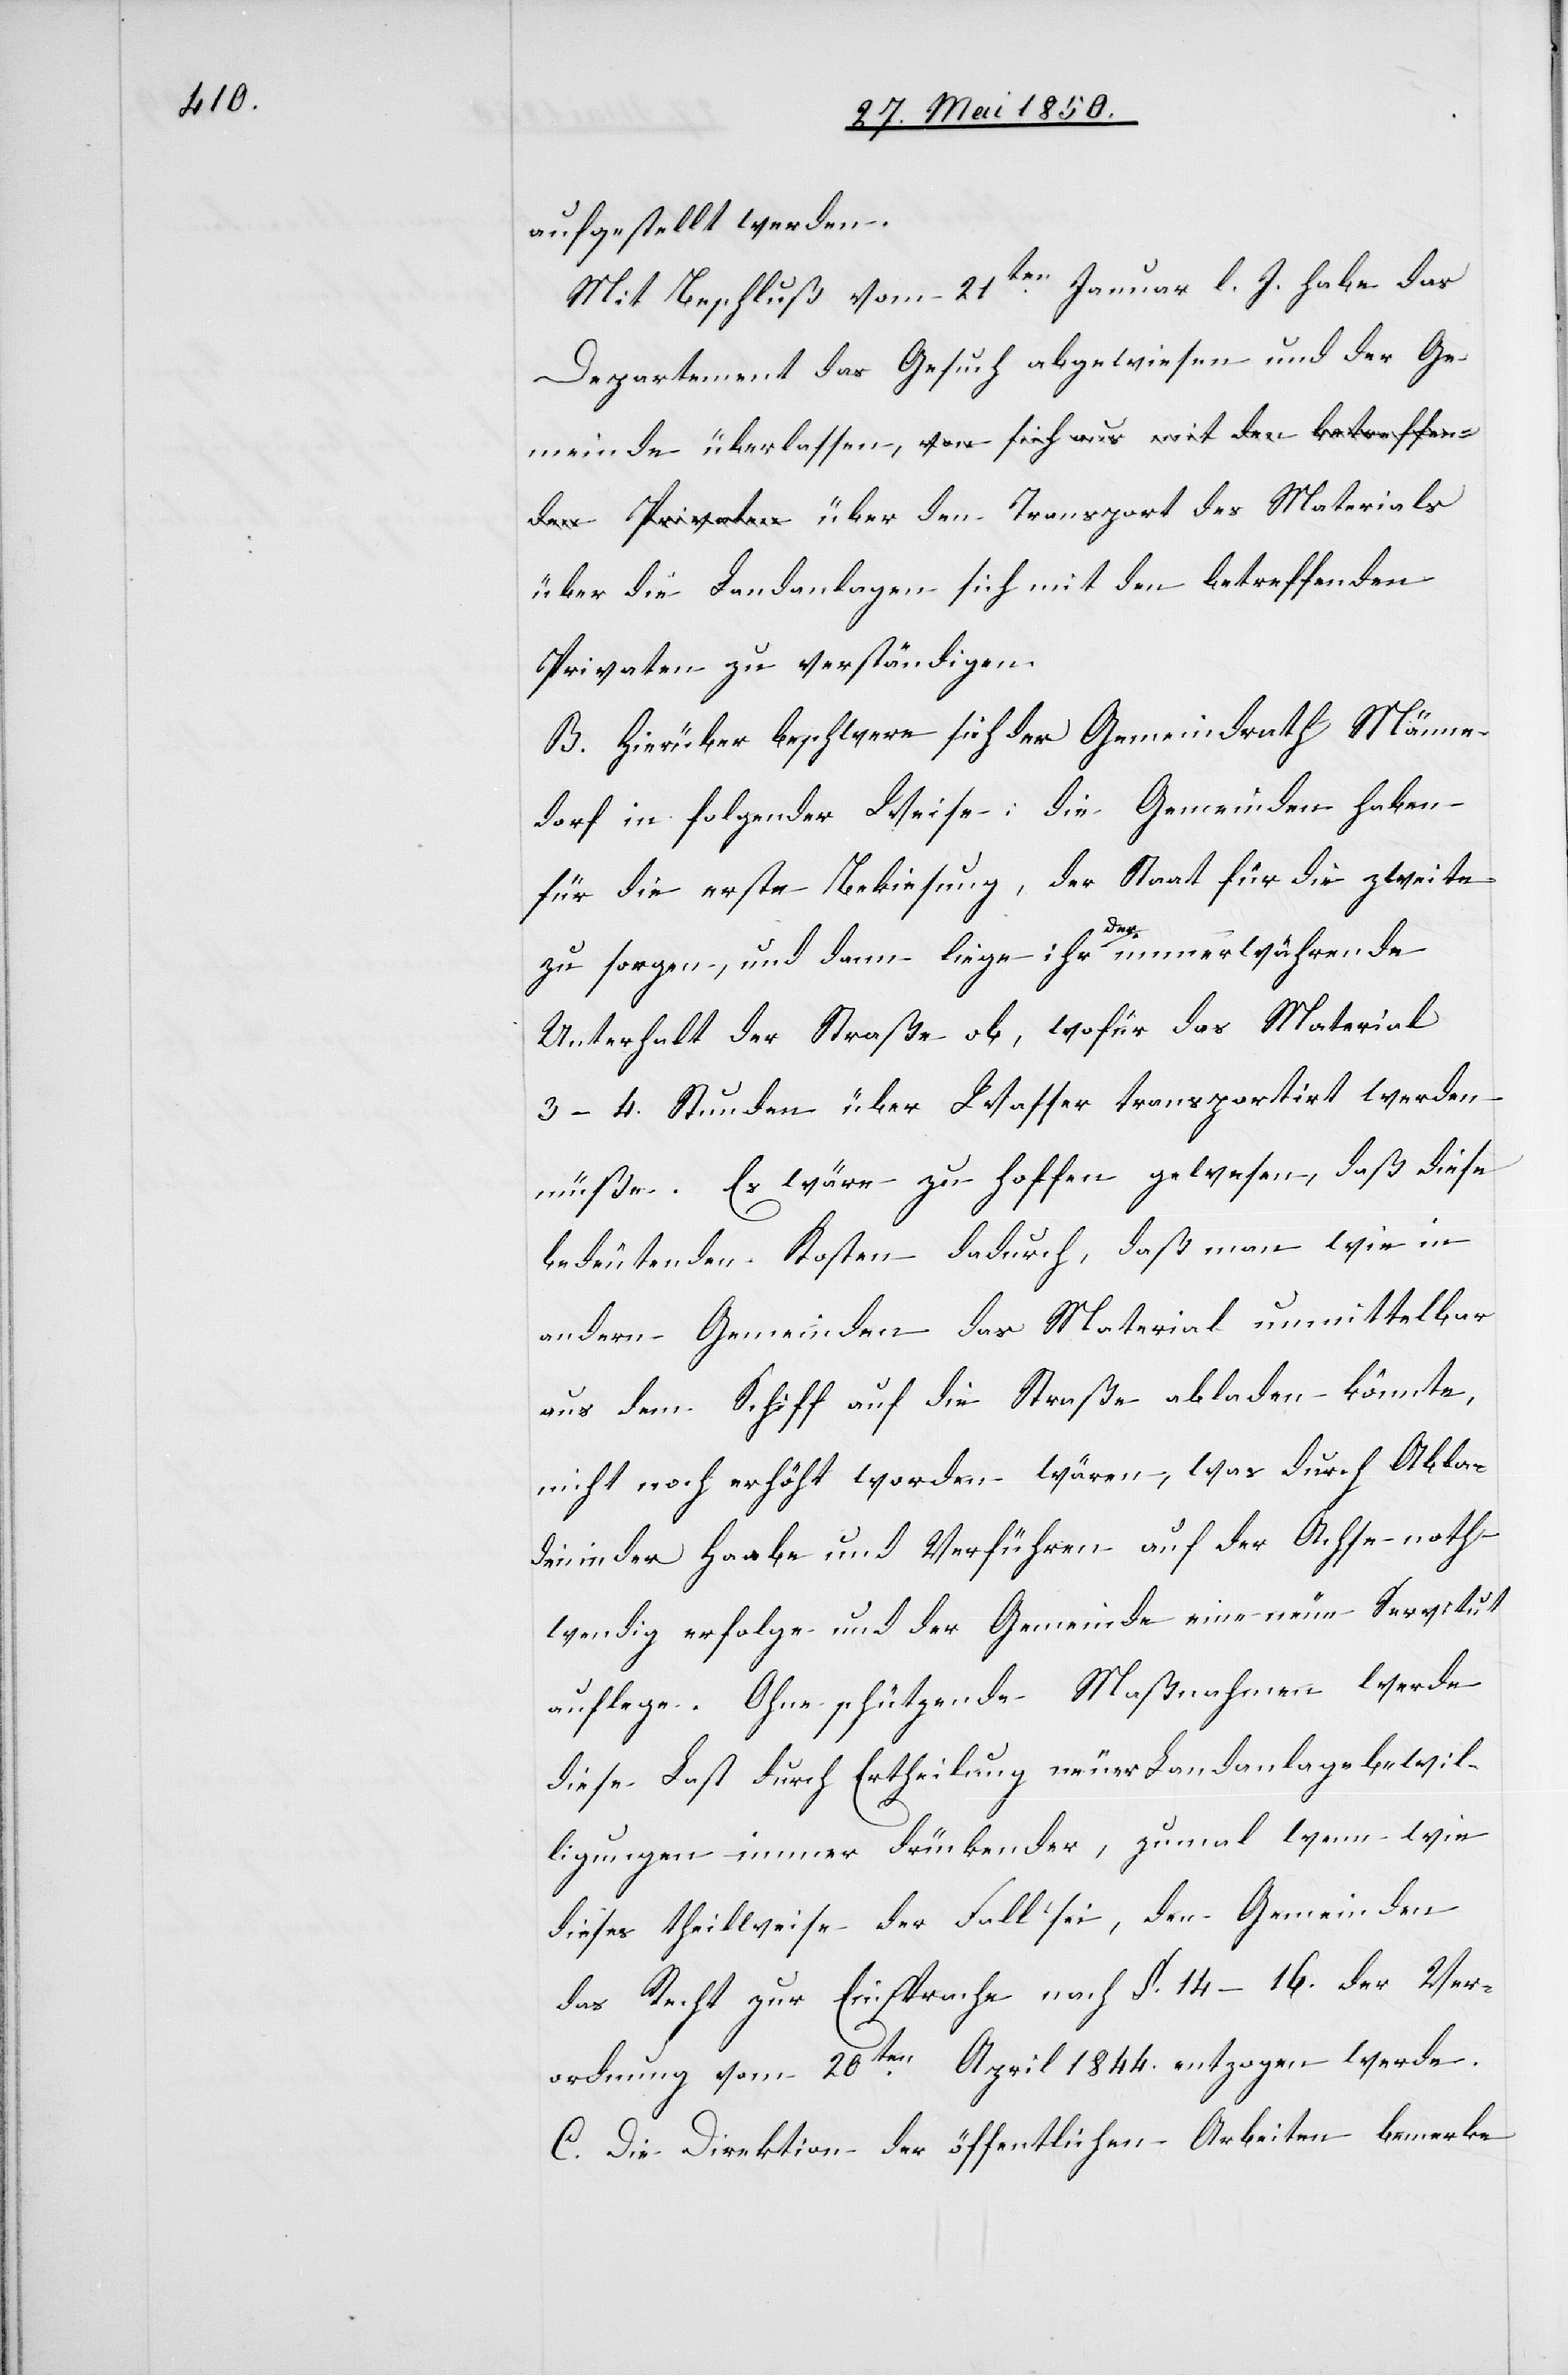
aufgestellt werden.
Mit Beschluß vom 21ten Januar l. J. habe das
Departement das Gesuch abgewiesen und der Ge¬
über die Landanlagen sich mit den betreffenden
Privaten zu verständigen.
B. Hierüber beschwere sich der Gemeindrath Männe¬
dorf in folgender Weise: die Gemeinden haben
für die erste Bekiesung, der Staat für die zweite
des
zu sorgen, und dann liege ihr der immerwährende
Unterhalt der Straße ob, wofür das Material
3–4. Stunden über Wasser transportirt werden
müße. Es wäre zu hoffen gewesen, daß diese
bedeutenden Kosten dadurch, daß man wie in
andern Gemeinden das Material unmittelbar
aus dem Schiff auf die Straße abladen könnte,
nicht noch erhöht worden wären, was durch Abla¬
de in der Haabe und Verführen auf der Achse noth¬
wendig erfolge und der Gemeinde eine neue Servitut
auflege. Ohne schützende Maßnahmen werde
diese Last durch Ertheilung neuer Landanlagebewil¬
ligungen immer drückender, zumal wenn wie
dieses theilweise der Fall sei, den Gemeinden
das Recht zur Einsprache nach §. 14–16. der Ver¬
ordnung vom 20ten April 1844. entzogen werde.
C. Die Direktion der öffentlichen Arbeiten bemerke